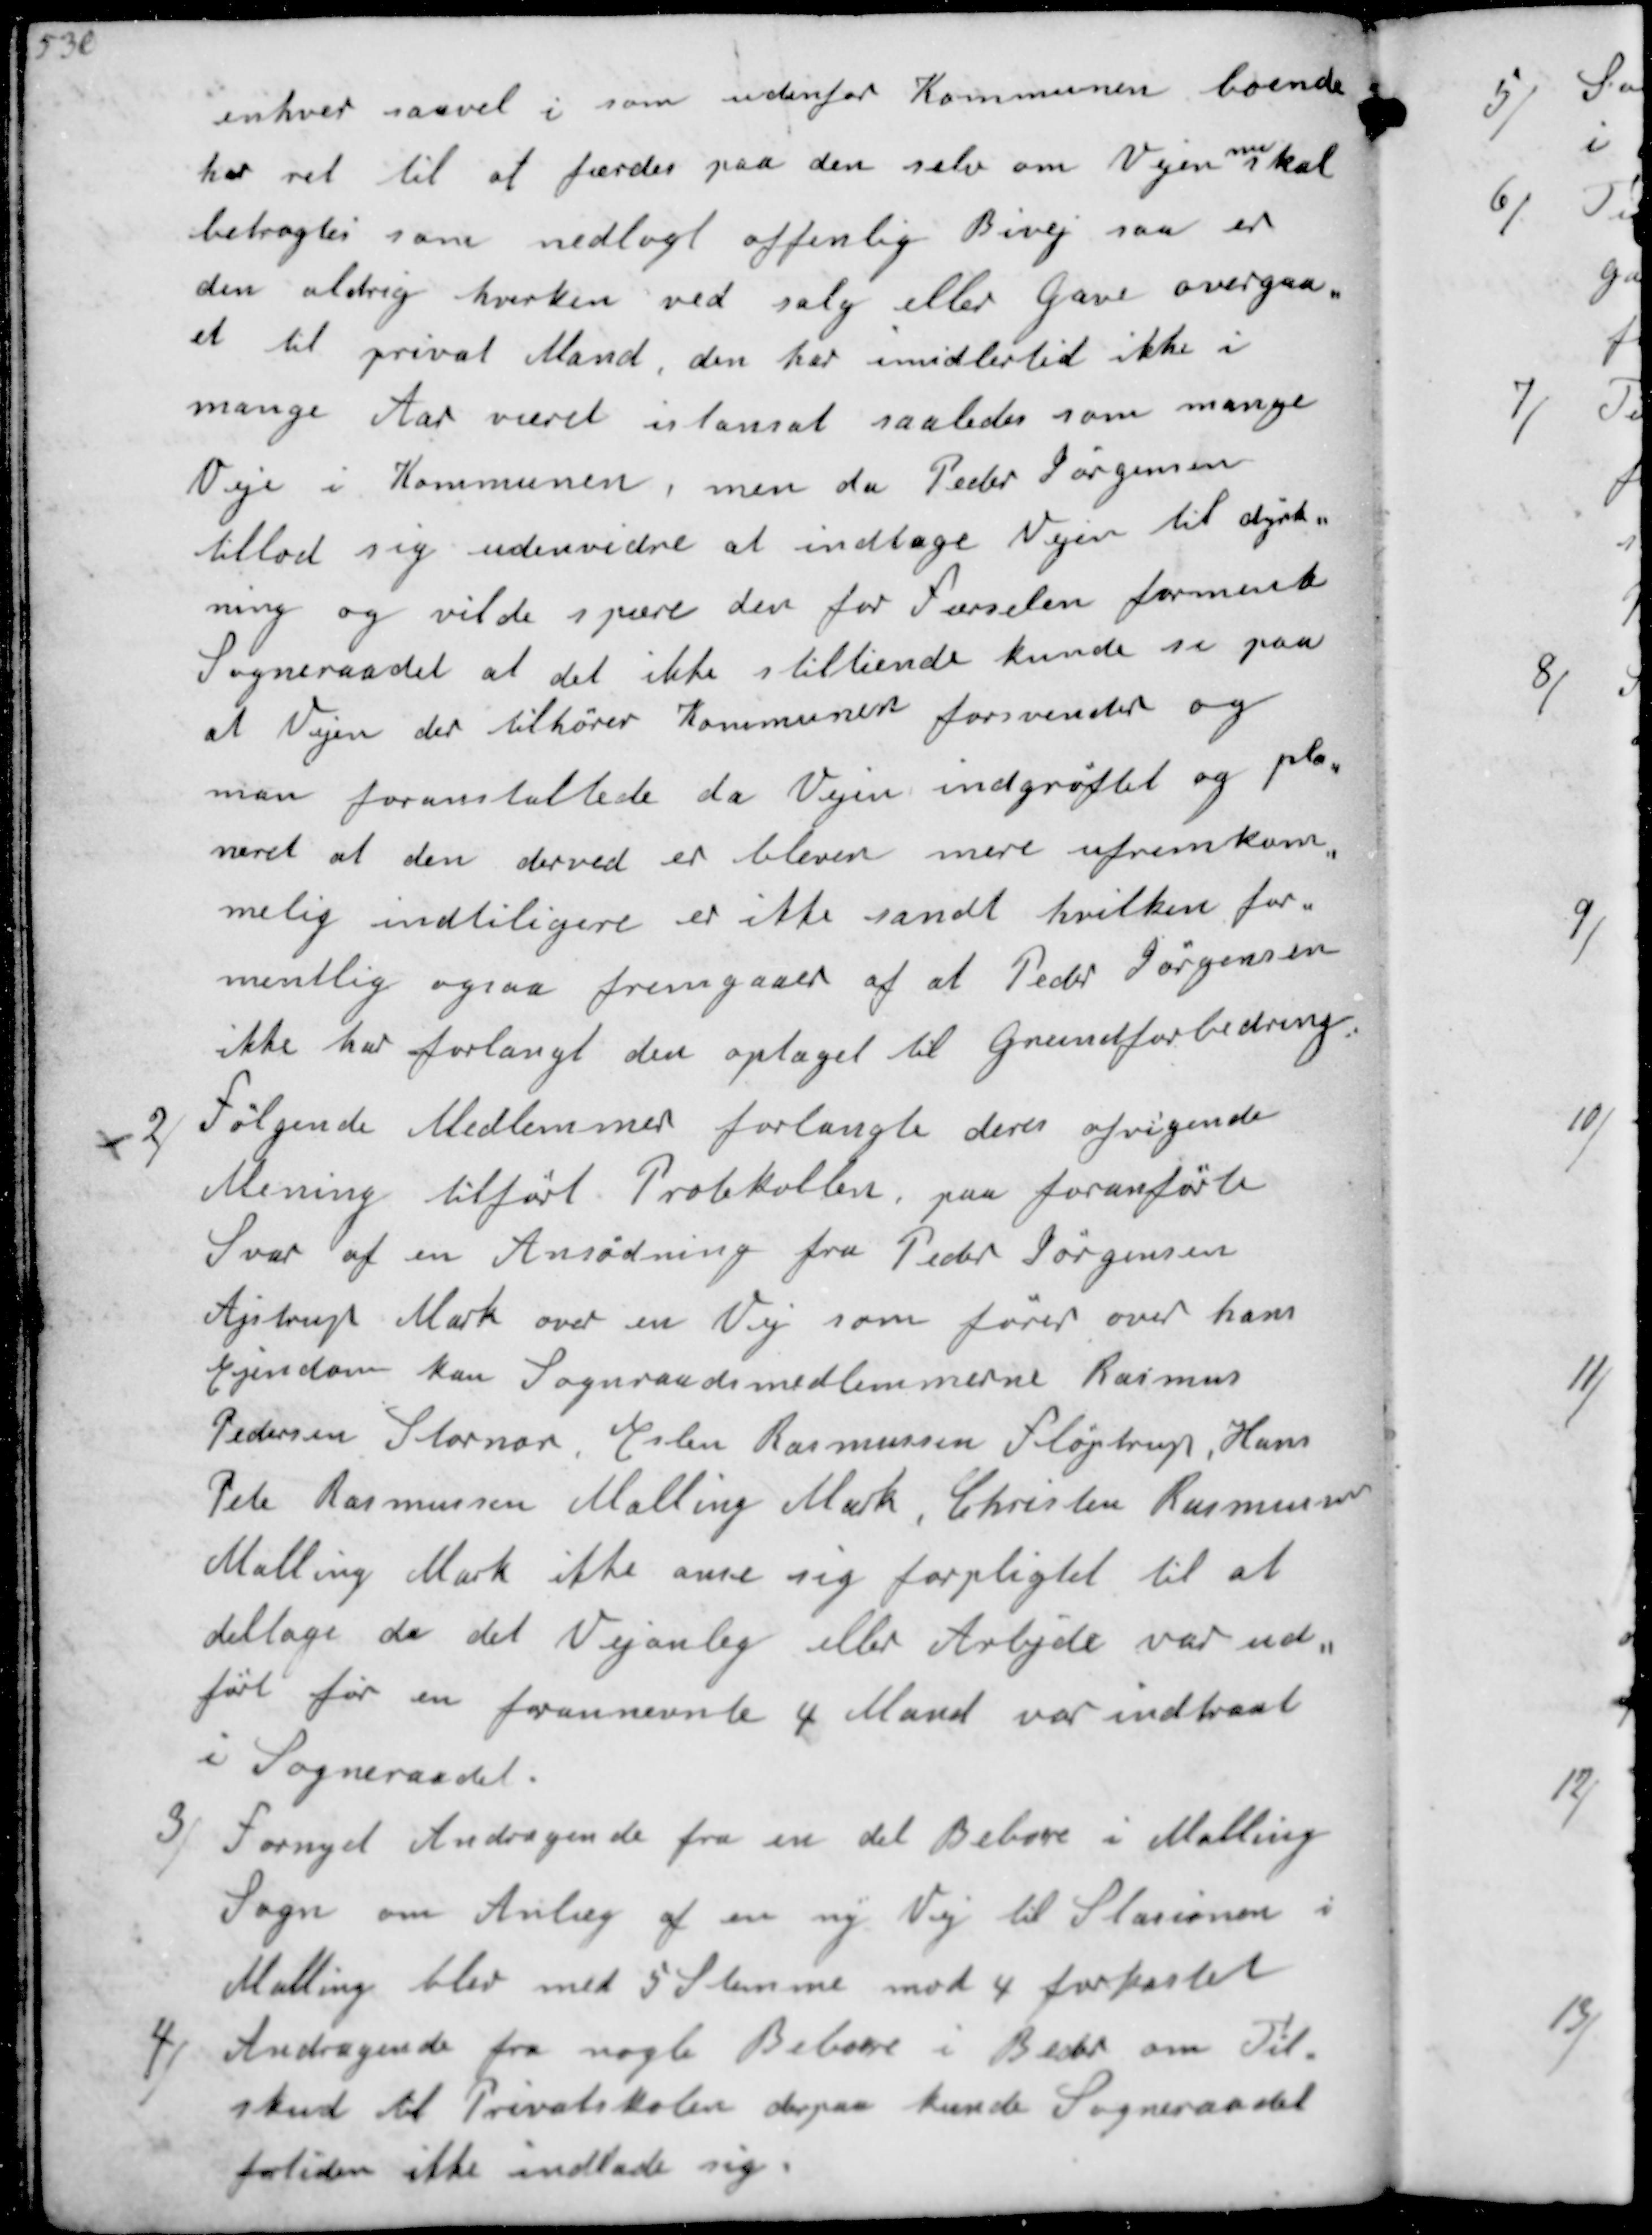
Transskription:
enhver saavel i som udenfor Kommunen boende
har ret til at færdes paa den selv om Vejen
nu
skal
betragtes som nedlagt offenlig Bivej saa er 
den aldrig hverken ved salg eller gave overgaa-
et til privat Mand. den har imidlertid ikke i
mange Aar været istansat saaledes som mange
Veje i Kommunen, men da Peder Jørgensen
tillod sig udenvidre at indtage Vejen til dyrk-..
ning og vilde spære den for færselen formente
Sogneraadet at det ikke stiltiende kunde se paa
at Vejen der tilhører Kommunen forsvinder og 
man foranstaltede da Vejen indgrøftet og pla-
neret at den derved er bleven mere ufremkom..
melig indtidligere er ikke sandt hvilken for-
mentlig ogsaa fremgaaer af at Peder Jørgensen
ikke har forlangt den optaget til grundforbedring.

2/
Følgende Medlemmer forlangte deres afvigende
Mening tilført Protokollen, paa foranførte
Svar af en Ansøgning fra Peder Jørgensen
Ajstrup Mark over en Vej som fører over hans
Ejendom kan Sogneraadsmedlemmerne Rasmus 
Pedersen Stornor, Esben Rasmussen Fløjstrup, Hans
Pete Rasmussen Malling Mark, Christen Rasmussen
Malling Mark ikke anse sig forpligtet til at 
deltage da det Vejanlæg eller Arbejde var ud-
ført før en forannævnte 4 Mand var indtraat
i Sogneraadet.

3/
Fornyet Andragende fra en del Beboere i Malling
Sogn om Anlæg af en ny Vej til Stationen i
Malling blev med 5 Stemme mod 4 forkastet
4/
Andragende fra nogle Beboere i Beder om Til-
skud til Privatskolen derpaa kunde Sogneraadet
fortiden ikke indlade sig.